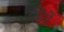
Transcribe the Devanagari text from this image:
क्रीमें